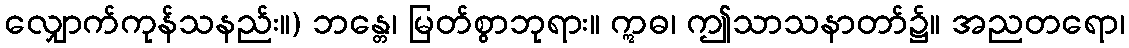
လျှောက်ကုန်သနည်း။) ဘန္တေ၊ မြတ်စွာဘုရား။ ဣဓ၊ ဤသာသနာတာ်၌။ အညတရော၊